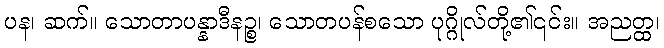
ပန၊ ဆက်။ သောတာပန္နာဒီနဉ္စ၊ သောတပန်စသော ပုဂ္ဂိုလ်တို့၏၎င်း။ အညတ္ထ၊